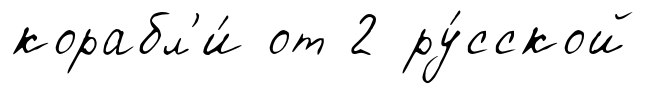
корабл'и́ от 2 ру́сской